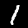
Digit: 1